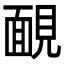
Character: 靦